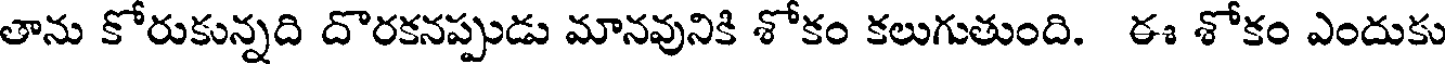
తాను కోరుకున్నది దొరకనప్పుడు మానవునికి శోకం కలుగుతుంది. ఈ శోకం ఎందుకు